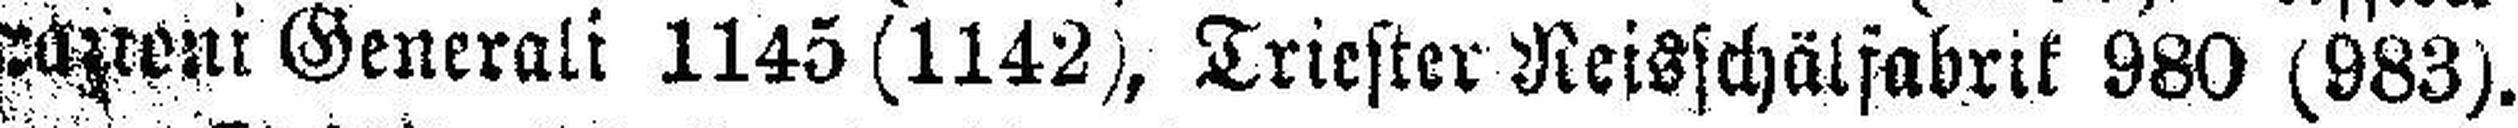
zazreni Generali 1145 (1142), Triester Reisschälfabrik 980 (983).